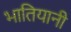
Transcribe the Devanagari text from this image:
भातियानी